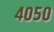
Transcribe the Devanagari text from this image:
४०५०